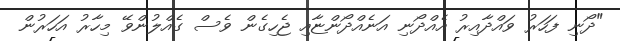
"ދޯނި ފަހަރު ވައްދާއިރު އެއްދޯނި އަނެއްދޯންޏާއި ޖެހިގެން ވެސް ގެއްލުންވޭ މިހާރު އަހަރުން